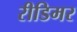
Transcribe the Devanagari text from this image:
रीडिमर